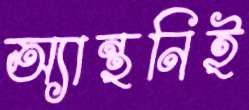
অ্যান্থনিই